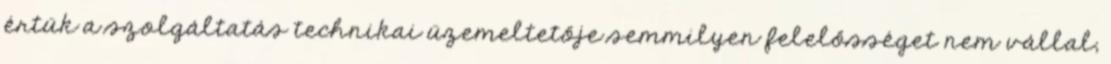
értük a szolgáltatás technikai üzemeltetője semmilyen felelősséget nem vállal,